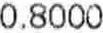
0.8000